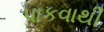
પાકવાથી